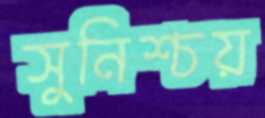
সুনিশ্চয়